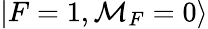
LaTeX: |F=1,\mathcal{M}_{F}=0\rangle